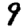
Digit: 9